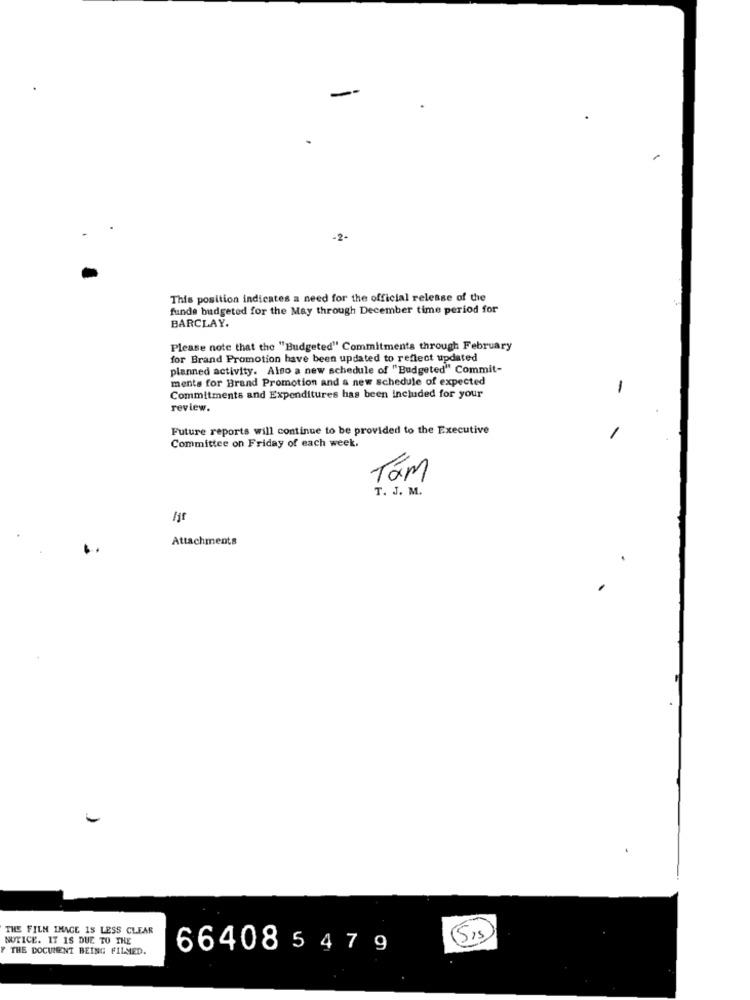
-
-2-
This position indicates a need for the official release of the
funde budgeted for the May through December time period for
BARCLAY.
Please note that the "Budgeted" Commitments through February
for Brand Promotion have been updated to reflect updated
planned activity. Also a new schedule of "Budgeted" Commit-
ments for Brand Promotion and a new schedule of expected
-
Commitments and Expenditures has been included for your
review.
Future reports will continue to be provided to the Executive
Committee on Friday of each week.
Tam
T. J. M.
Attachments
THE FILM IMAGE 15 LESS CLEAR
NOTICE. IT IS DUE TO THE
F THE DOCUMENT BEING FILMED.
66408 5 4 7 9